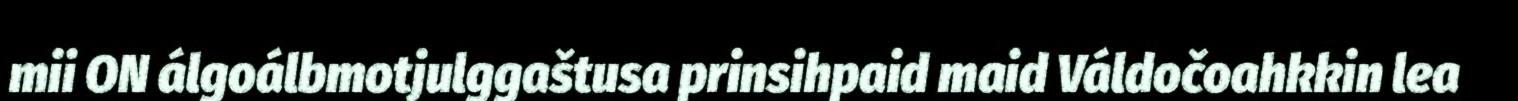
mii ON álgoálbmotjulggaštusa prinsihpaid maid Váldočoahkkin lea